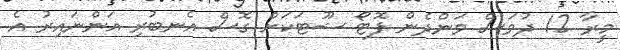
މީރާ 12 ދުވަސް ވަންދެން ފޮޓޯ ޝޫޓަކަށް ގޮސް އެނބުރި އަންނައިރު އެ